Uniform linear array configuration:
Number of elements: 48
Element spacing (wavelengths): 1
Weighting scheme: kaiser
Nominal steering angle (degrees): -45
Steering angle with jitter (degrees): -44.977
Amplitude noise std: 0.05
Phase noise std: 0.05

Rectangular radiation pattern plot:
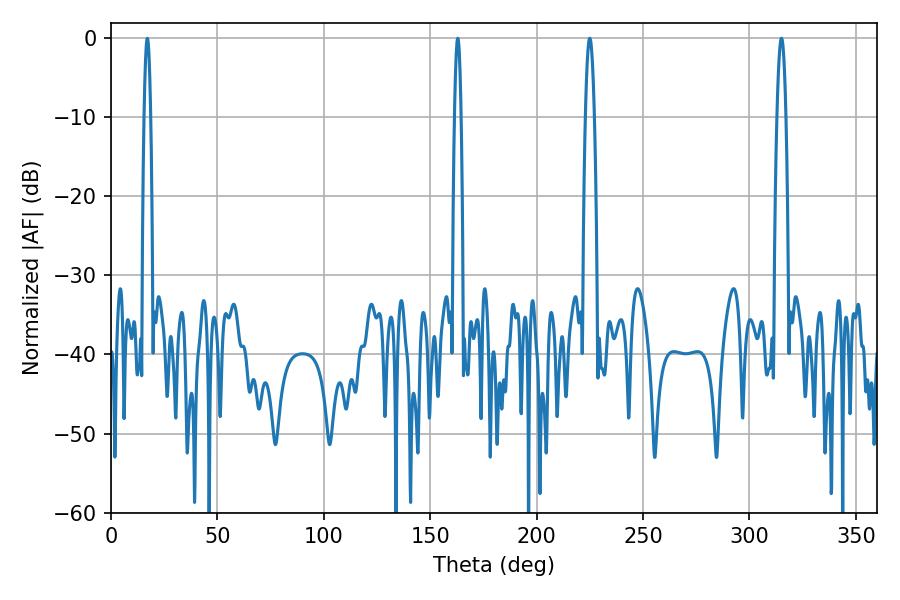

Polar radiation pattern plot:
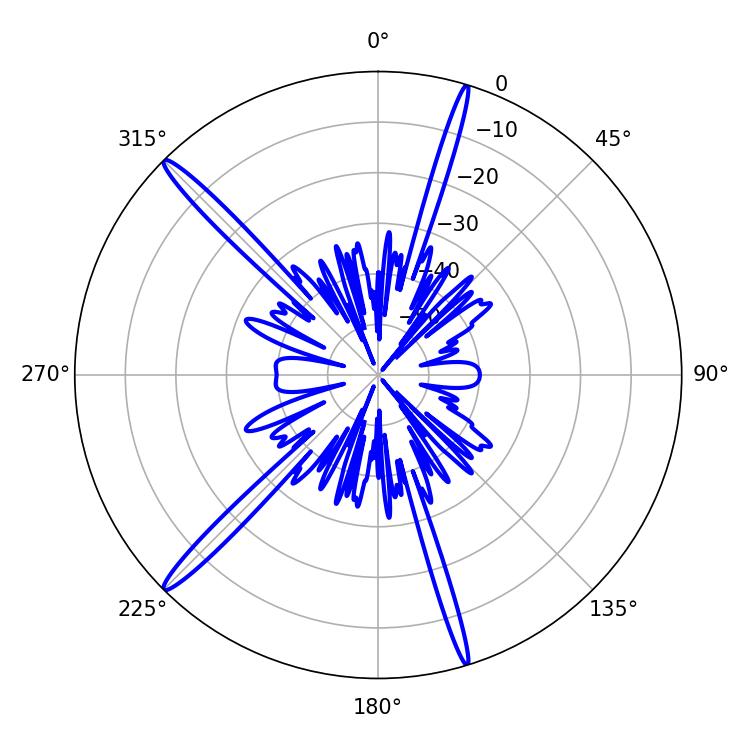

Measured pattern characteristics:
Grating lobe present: TRUE
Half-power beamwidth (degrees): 2.16
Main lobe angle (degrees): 225